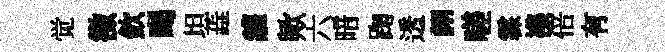
觉徵欽暍坦蕋讙歟六暗踘透詡嗟霖襍倍有